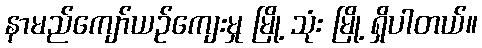
နာမည်ကျော်ယဉ်ကျေးမှု မြို့ သုံး မြို့ ရှိပါတယ်။